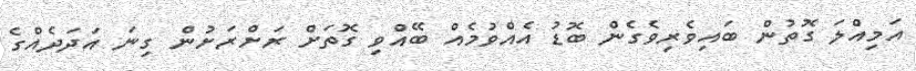
އަމިއްލަ ގޮތުން ބައިވެރިވެގެން ބޮޑު އެއްވުމެއް ބޭއްވި ގޮތަށް ރަށްރަށުން ގިނަ އަދަދެެއްގެ